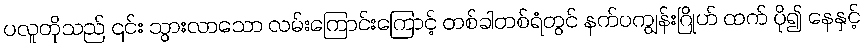
ပလူတိုသည် ၎င်း သွားလာသော လမ်းကြောင်းကြောင့် တစ်ခါတစ်ရံတွင် နက်ပကျွန်းဂြိုဟ် ထက် ပို၍ နေနှင့်